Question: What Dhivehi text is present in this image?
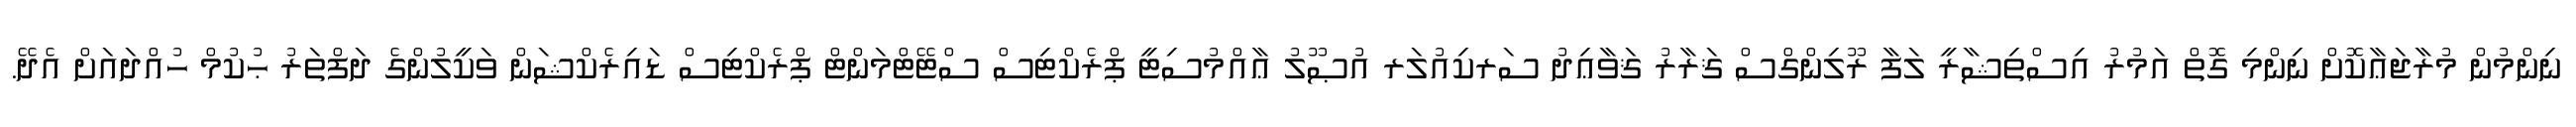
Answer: ނިންމުން މުރާޖަޢާކޮށް ނިންމި ގޮތް އަމުރު އިސްތިޝާރީ ލަފާ ރޫލިންގްސް ޤަރާރު ޤަވާޢިދު ސަރކިއުލަރ އުޞޫލު ޢާއްމުސިޓީ ޕްރެކްޓިސް ސްޓޭޓްމަންޓް ޕްރެކްޓިސް ޑައިރެކްޝަން ވަކީލުންގެ ދަފްތަރު ޙުކުމް ހުއްދައަށް އެދޭ.